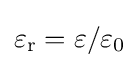
\varepsilon _{\text{r}}=\varepsilon /\varepsilon _{0}